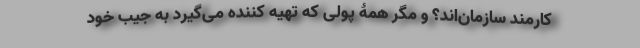
کارمند سازمان‌اند؟ و مگر همۀ پولی که تهیه کننده می‌گیرد به جیب خود